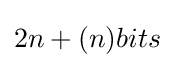
2n+(n)bits